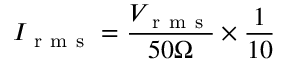
I _ { \mathrm { ~ r ~ m ~ s ~ } } = \frac { V _ { \mathrm { ~ r ~ m ~ s ~ } } } { 5 0 \Omega } \times \frac { 1 } { 1 0 }